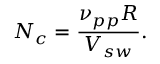
N _ { c } = \frac { \nu _ { p p } R } { V _ { s w } } .